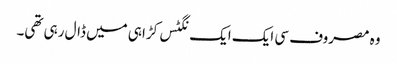
وہ مصروف سی ایک ایک نگٹس کڑاہی میں ڈال رہی تھی۔